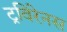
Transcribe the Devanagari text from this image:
ट्रविरेनस